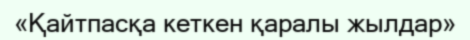
«Қайтпасқа кеткен қаралы жылдар»